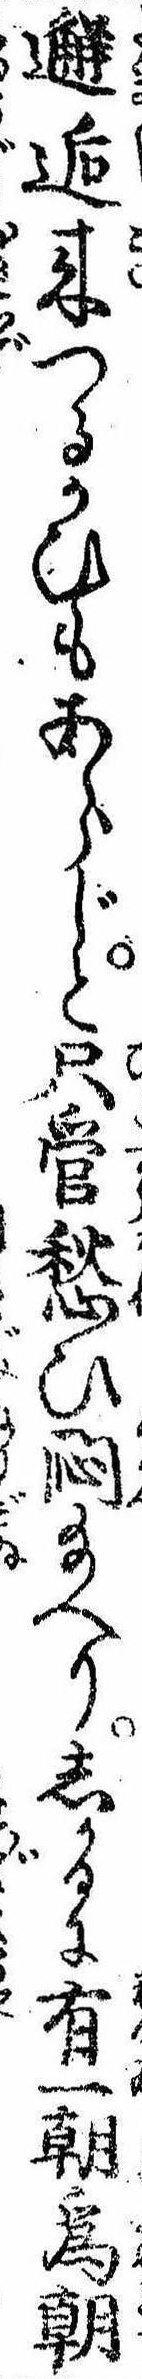
邂逅来つるかひもあらじと只管愁ひ悶給へりしかるに有一朝為朝